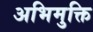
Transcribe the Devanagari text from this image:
अभिमुक्ति